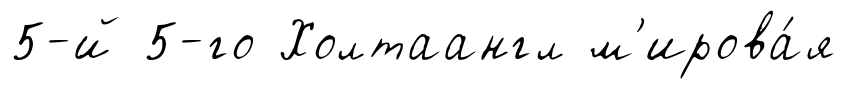
5-й 5-го Холтаангл м'ирова́я